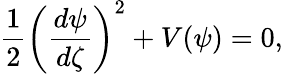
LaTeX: \frac{1}{2}\left(\frac{d\psi}{d\zeta}\right)^{2}+V(\psi)=0,